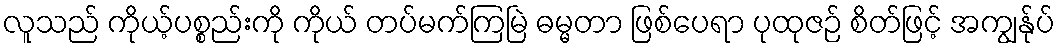
လူသည် ကိုယ့်ပစ္စည်းကို ကိုယ် တပ်မက်ကြမြဲ ဓမ္မတာ ဖြစ်ပေရာ ပုထုဇဉ် စိတ်ဖြင့် အကျွန်ုပ်